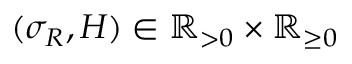
( \sigma _ { R } , H ) \in \mathbb R _ { > 0 } \times \mathbb R _ { \geq 0 }